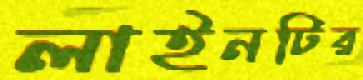
লাইনটির